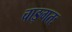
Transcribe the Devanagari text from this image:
चाङ्गतः